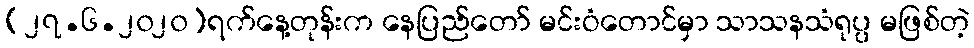
(၂၇.၆.၂၀၂၀)ရက်နေ့တုန်းက နေပြည်တော် မင်းဝံတောင်မှာ သာသနသံရုပ္ပ မဖြစ်တဲ့